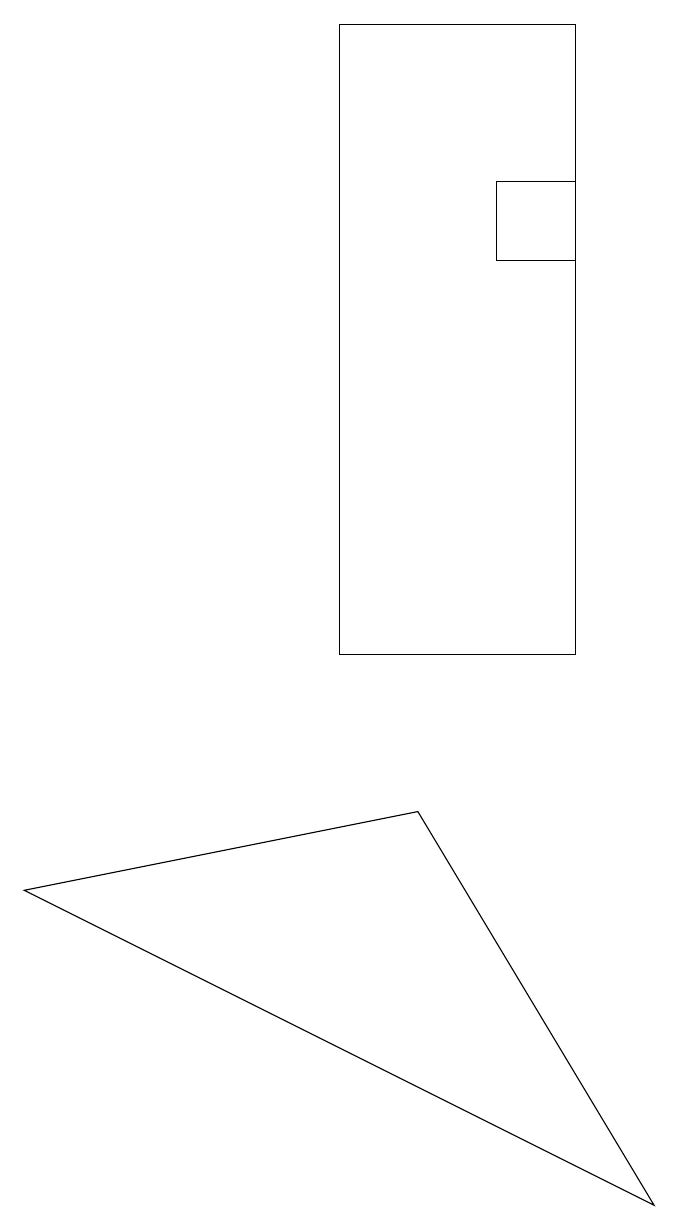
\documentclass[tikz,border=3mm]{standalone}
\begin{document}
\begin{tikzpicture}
\draw (7,16) rectangle (8,15);
\draw (5,18) rectangle (8,10);
\draw (9,3) -- (6,8) -- (1,7) -- cycle;
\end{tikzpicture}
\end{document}